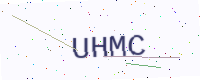
Text: UHMC